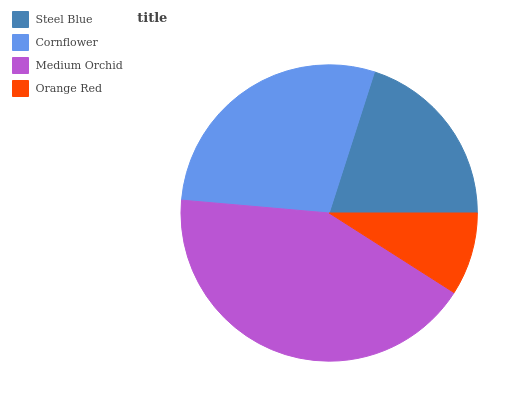
| Steel Blue | Cornflower | Medium Orchid | Orange Red |
 | --- | --- | --- | --- |
 | 20.1% | 28.5% | 42.4% | 9.03% |